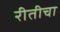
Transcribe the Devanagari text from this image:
रीतीचा